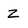
Character: Z